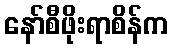
နော်စီဖိုးရာစိန်က